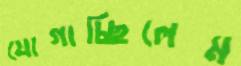
যোগাচ্ছিলেম